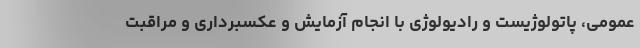
عمومی، پاتولوژیست و رادیولوژی با انجام آزمایش و عکسبرداری و مراقبت